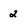
Character: 2